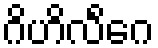
ဂိဟိလိင်္ဂေ